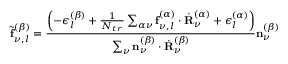
\tilde { \mathbf { f } } _ { \nu , l } ^ { ( \beta ) } = \frac { \left( - \epsilon _ { l } ^ { ( \beta ) } + \frac { 1 } { N _ { t r } } \sum _ { \alpha \nu } \mathbf { f } _ { \nu , l } ^ { ( \alpha ) } \cdot \dot { \mathbf { R } } _ { \nu } ^ { ( \alpha ) } + \epsilon _ { l } ^ { ( \alpha ) } \right) } { \sum _ { \nu } \mathbf { n } _ { \nu } ^ { ( \beta ) } \cdot \dot { \mathbf { R } } _ { \nu } ^ { ( \beta ) } } \mathbf { n } _ { \nu } ^ { ( \beta ) }